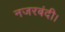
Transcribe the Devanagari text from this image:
नजरबंदी।